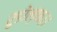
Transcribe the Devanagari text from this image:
रुडोल्फ।।